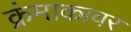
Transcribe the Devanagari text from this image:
क्रंमाकावर